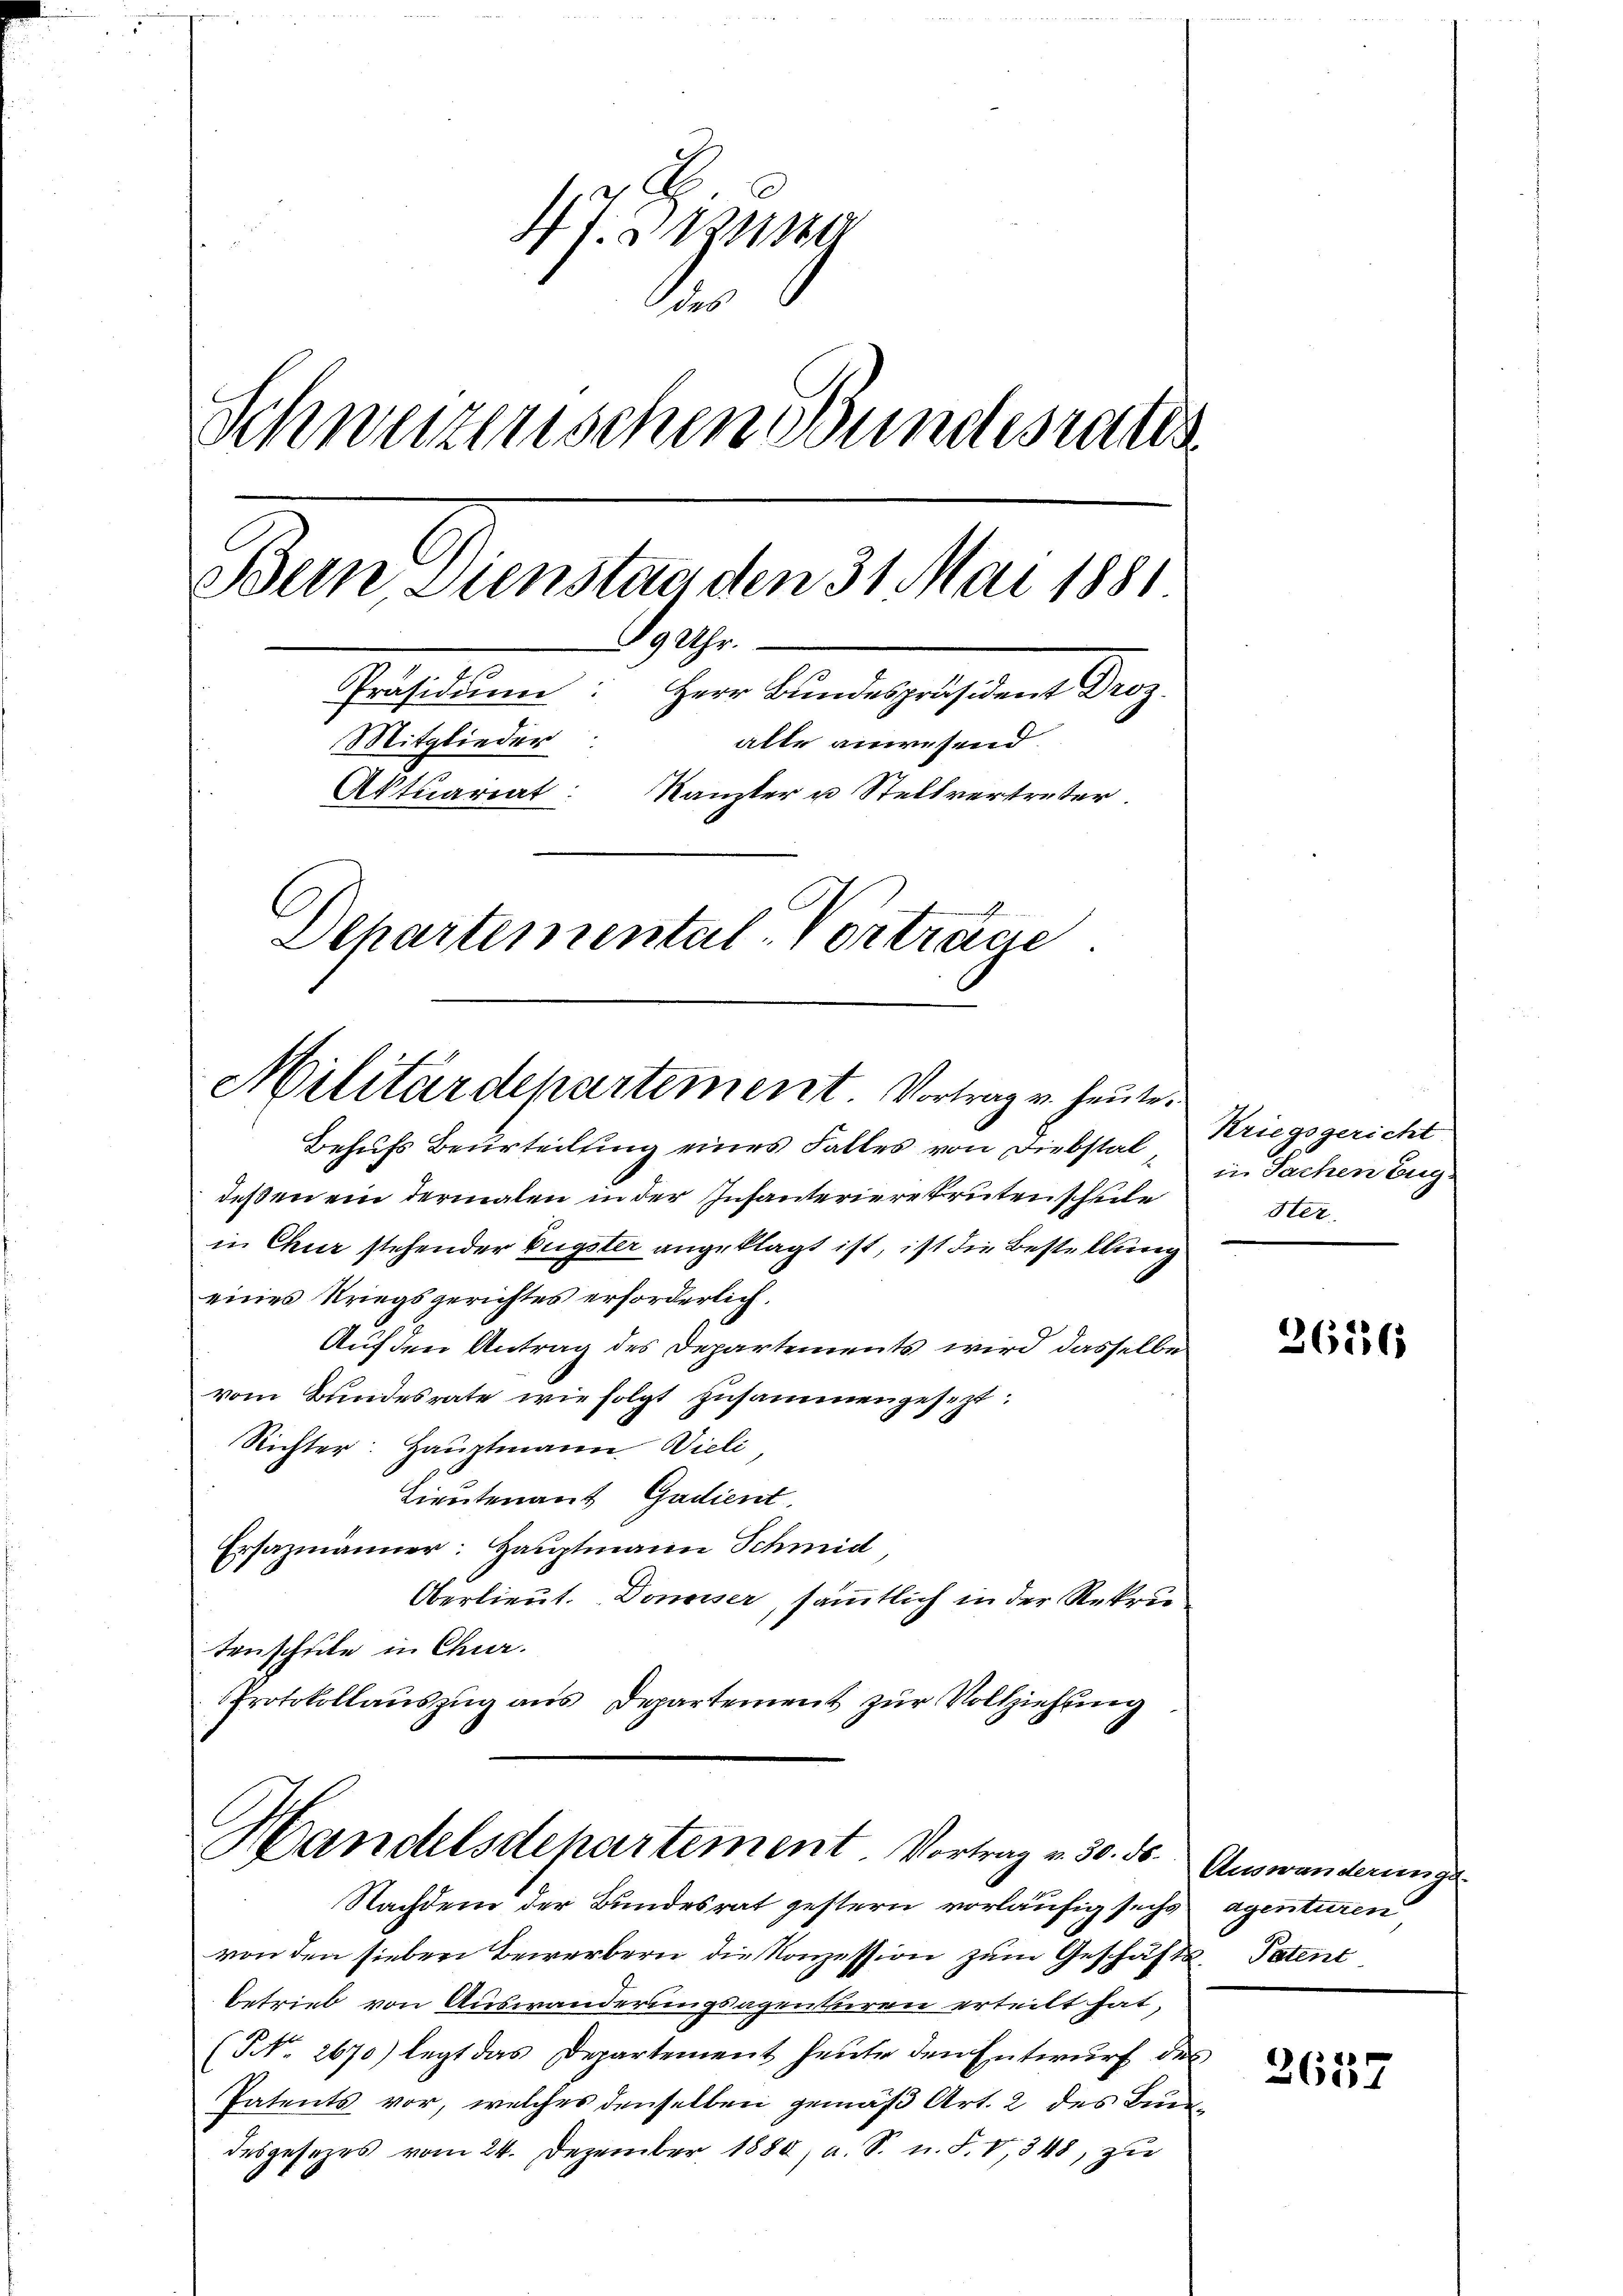
47. 211140
.
Schweizerischen Bundesrates
Bein Dienstan den 31. Mai 1881
Gle
Präsidium. Herr Bundespräsident Droz.
Mitglieder
alle anwesend.
Aktuariat: Kanzler u Stellvertreter
Departemental. Vortrage

Militärdepartement. Vortrag v. heute.

Behufs Beurteilung eines Falles von Diebstal Kriegsgericht
deßen ein dermalen in der Infanteriere Trüten schule
in Chur stehender Eugster angeklagt ist, ist die Bestellung
eines Kriegsgerichtes erforderlich.
Auf den Antrag des Departements wird dasselbe
vom Bundesrate wie folgt zusammengesezt.
Richter: Hauptmann Wieli,
Lieutenant Gudient.
Ersazmänner: Hauptmann Schmid
Oberlieut. Donaiser, sämmtlich in der Rekru
tenschule in Chur.
Protokollaŭszŭg aŭs Departement zŭr Vollziehung

Handelsdepartement Vortrag v. 30. ds.
Nachdem der Bundesrat gestern vorläufig sechs agenturen

von den sieber Bewerbern die Konzession zum Geschäfts-Patent
betrieb von Auswanderungsagenturen erteilt hat,
(NNo. 2670) legt das Departement heute den Entwurf des
Patents vor, welches denselben gemäß Art. 2 des Bundesgesetzes vom 24. Dezember 1880, a. S. n. F. V, 348, zu

in Sachen Eug
Ster

26236

Auswanderungs¬

2
2611